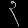
Digit: ၃